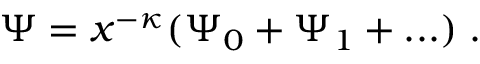
\Psi = x ^ { - \kappa } ( \Psi _ { 0 } + \Psi _ { 1 } + . . . ) \; .